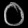
Digit: ၀